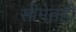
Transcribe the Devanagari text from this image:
सीमेतही